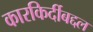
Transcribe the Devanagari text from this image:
कारकिर्दीबद्दल